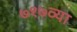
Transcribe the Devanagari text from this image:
७१७व्या